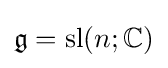
{\mathfrak {g}}=\operatorname {sl} (n;\mathbb {C} )